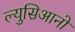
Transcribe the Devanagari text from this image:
ल्युसिआनो